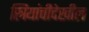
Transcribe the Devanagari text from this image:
स्त्रियांचीदेखील